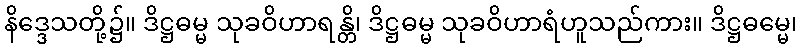
နိဒ္ဒေသတို့၌။ ဒိဋ္ဌဓမ္မ သုခဝိဟာရန္တိ၊ ဒိဋ္ဌဓမ္မ သုခဝိဟာရံဟူသည်ကား။ ဒိဋ္ဌဓမ္မေ၊